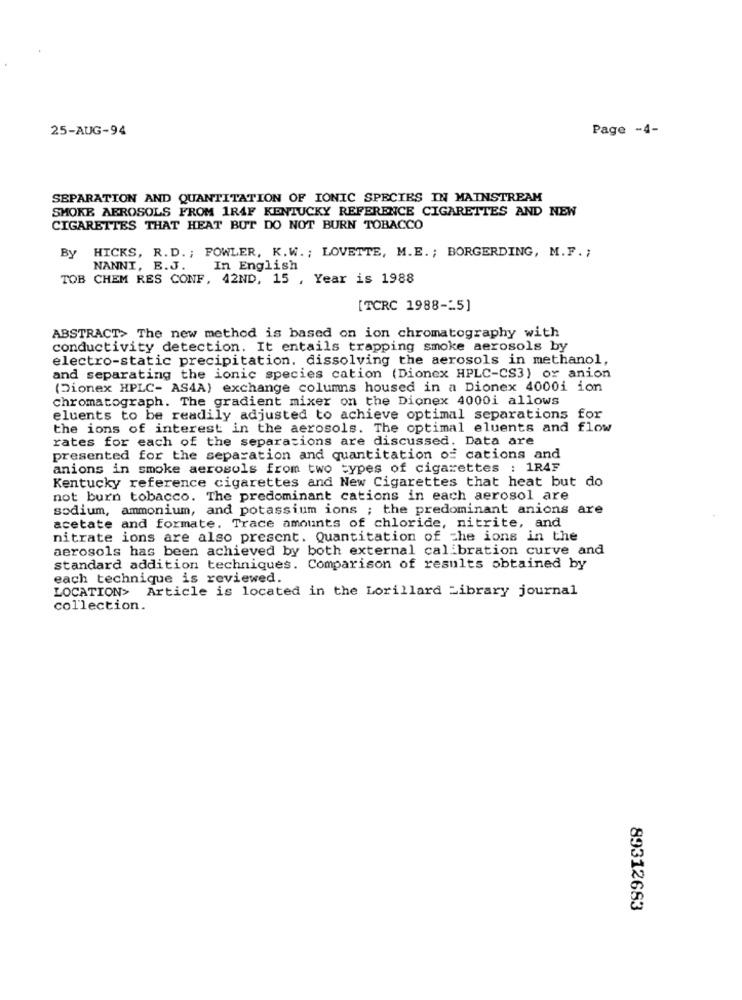
25-AUG-94
Page -4-
SEPARATION AND QUANTITATION OF IONIC SPECIES IN MAINSTREAM
SMOKE AEROSOLS FROM 1R4F KENTUCKY REFERENCE CIGARETTES AND NEW
CIGARETTES THAT HEAT BUT DO NOT BURN TOBACCO
HICKS, R.D .; FOWLER, K.W .; LOVETTE, M.E. ; BORGERDING, M.F. ;
By
NANNI, E.J.
In English
TOB CHEM RES CONF, 42ND, 15 , Year is 1988
[TCRC 1988-25]
ABSTRACT> The new method is based on ion chromatography with
conductivity detection. It entails trapping smoke aerosols by
electro-static precipitation. dissolving the aerosols in methanol,
and separating the ionic species cation (Dionex HPLC-CS3) or anion
(Dionex HPLC- AS4A) exchange columns housed in a Dionex 4000i ion
chromatograph. The gradient mixer on the Dionex 4000i allows
eluents to be readily adjusted to achieve optimal separations for
the ions of interest in the aerosols. The optimal eluents and flow
rates for each of the separations are discussed. Data are
presented for the separation and quantitation of cations and
anions in smoke aerosols from two types of cigarettes : 1RAF
Kentucky reference cigarettes and New Cigarettes that heat but do
not burn tobacco. The predominant cations in each aerosol are
sodium, ammonium, and potassium ions ; the predominant anions are
acetate and formate. Trace amounts of chloride, nitrite, and
nitrate ions are also present. Quantitation of che ions in the
aerosols has been achieved by both external calibration curve and
standard addition techniques. Comparison of results obtained by
each technique is reviewed.
LOCATION> Article is located in the Lorillard Library journal
collection.
89312683